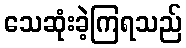
သေဆုံးခဲ့ကြရသည်